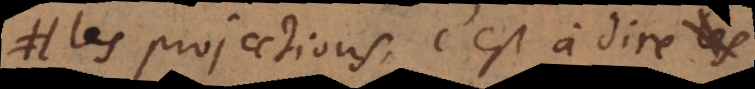
les projections, c’est à dire